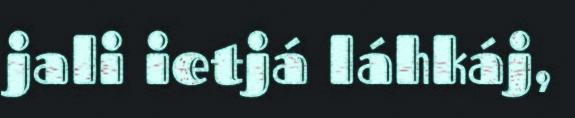
jali ietjá láhkáj,